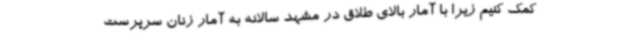
کمک کنیم زیرا با آمار بالای طلاق در مشهد سالانه به آمار زنان سرپرست